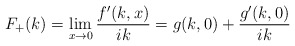
\begin{align*}F_+(k)=\lim_{x\to0}\frac{f^\prime(k,x)}{ik}=g(k,0)+\frac{g^\prime(k,0)}{ik}\end{align*}